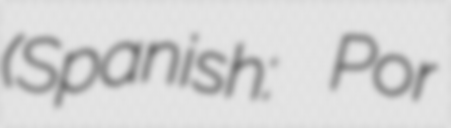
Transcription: (Spanish: Por